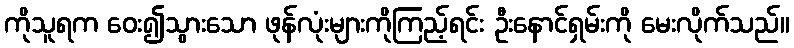
ကိုသူရက ဝေး၍သွားသော ဖုန်လုံးများကိုကြည့်ရင်း ဦးနောင်ရှမ်းကို မေးလိုက်သည်။